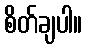
စိတ်ချပါ။